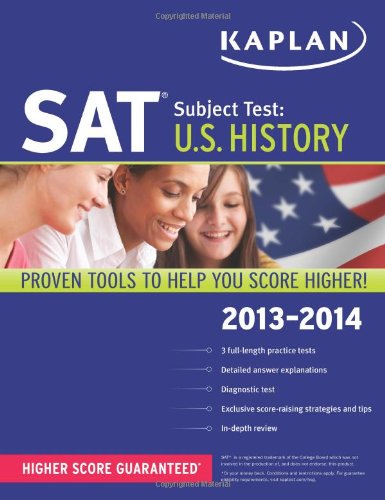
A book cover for Kaplan SAT Subject Test U.S. History 2013-2014; Kaplan; Test Preparation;